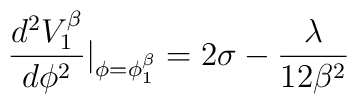
\frac{d^2V^{\beta}_1}{d\phi^2}|_{\phi=\phi^{\beta}_1}=2\sigma-\frac{\lambda}{12\beta ^2}